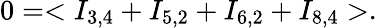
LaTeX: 0=<I_{3,4}+I_{5,2}+I_{6,2}+I_{8,4}>.